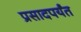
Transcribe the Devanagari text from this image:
प्रसादपर्यंत